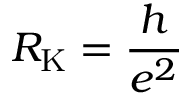
R _ { \mathrm { K } } = { \frac { h } { e ^ { 2 } } }